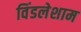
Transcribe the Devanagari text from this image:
विंडलेशाम